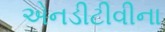
એનડીટીવીના